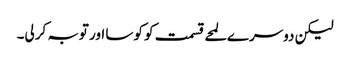
لیکن دوسرے لمحے قسمت کو کوسا اور توبہ کرلی۔